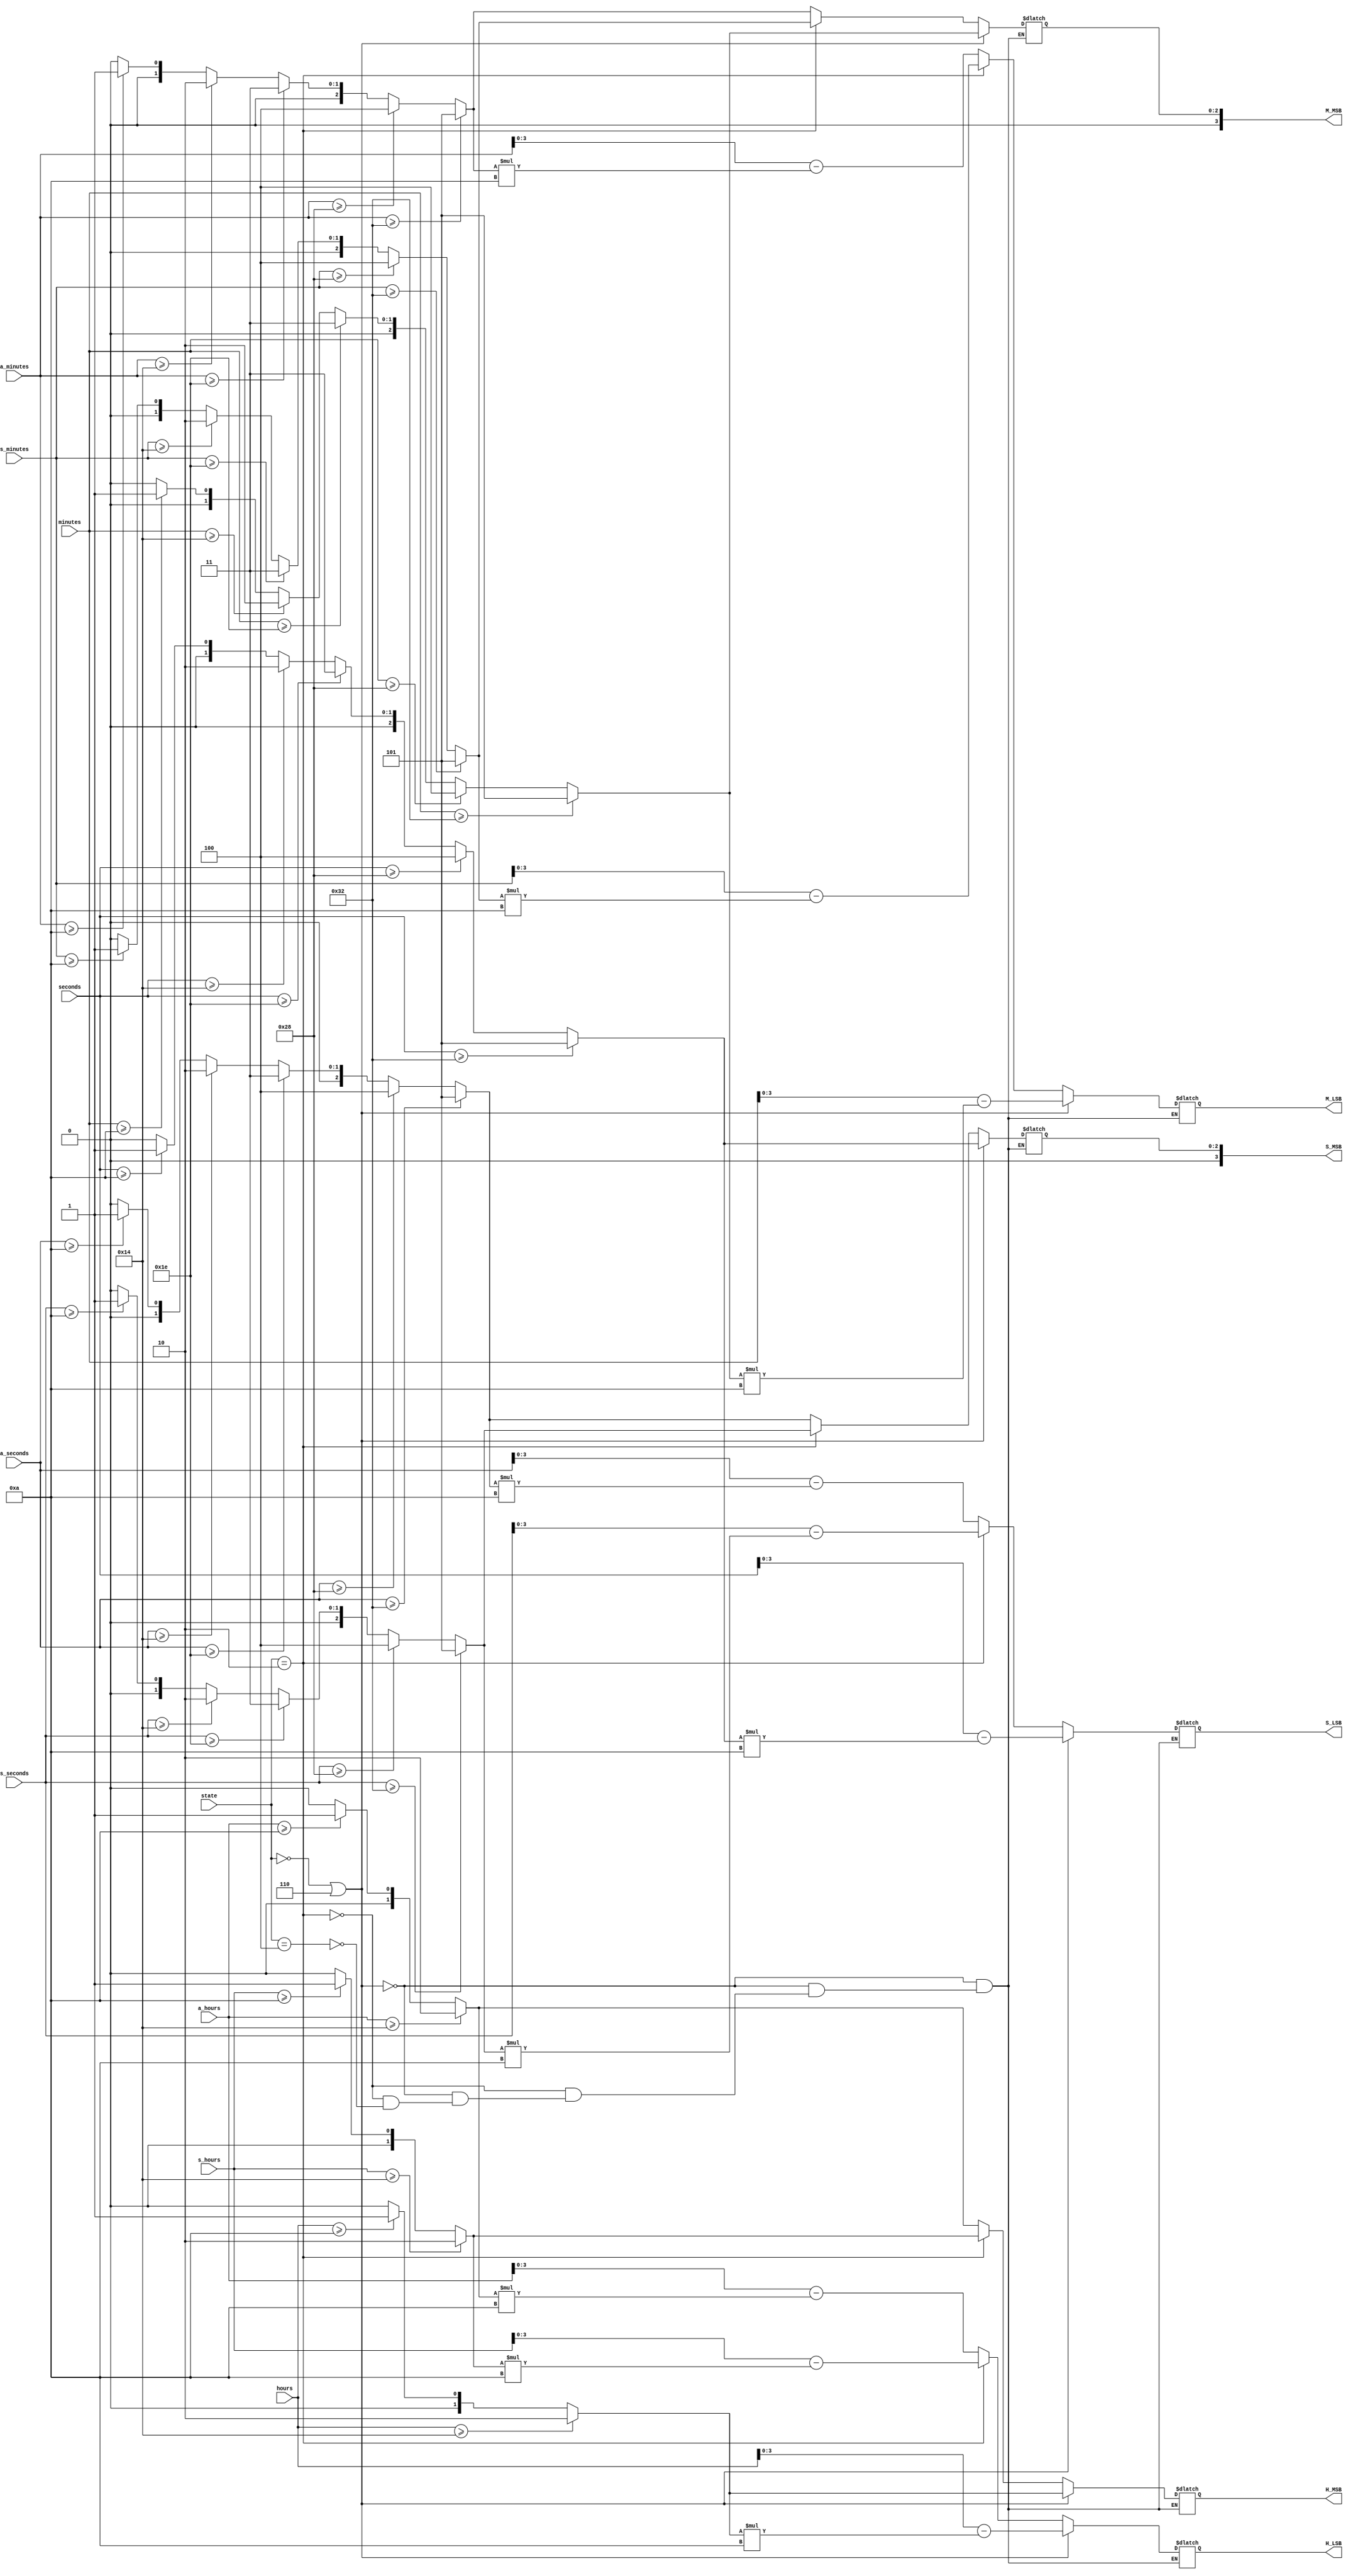
`timescale 1ns / 1ps
//////////////////////////////////////////////////////////////////////////////////
// Company: 
// Engineer: 
// 
// Design Name: 
// Module Name: design_decoder
// Project Name: 
// Target Devices: 
// Tool Versions: 
// Description: 
// 
// Dependencies: 
// 
// Revision:
// Revision 0.01 - File Created
// Additional Comments:
// 
//////////////////////////////////////////////////////////////////////////////////


module design_decoder(
    input[2:0] state,
    input[5:0] seconds, //6 bits to hold up to 59
    input[5:0] minutes, // 6 bits to hold up to 59
    input[4:0] hours, // 5 bits to hold up to 24
    input[5:0] s_seconds, //6 bits to hold up to 59
    input[5:0] s_minutes, // 6 bits to hold up to 59
    input[4:0] s_hours, // 5 bits to hold up to 24
    input[5:0] a_seconds, //6 bits to hold up to 59
    input[5:0] a_minutes, // 6 bits to hold up to 59
    input[4:0] a_hours, // 5 bits to hold up to 24
    output [1:0]  H_MSB, 
    output [3:0]  H_LSB, 
    output [3:0]  M_MSB, 
    output [3:0]  M_LSB, 
    output [3:0]  S_MSB, 
    output [3:0]  S_LSB 
    );
    
 reg [1:0] c_hour1 = 2'b00; 
/* The most significant hour digit of the temp clock and alarm. */ 
 reg [3:0] c_hour0 = 4'b0000;
/* The least significant hour digit of the temp clock and alarm. */ 
 reg [3:0] c_min1= 4'b0000;
/* The most significant minute digit of the temp clock and alarm.*/ 
 reg [3:0] c_min0= 4'b0000;
/* The least significant minute digit of the temp clock and alarm.*/ 
 reg [3:0] c_sec1= 4'b0000;
/* The most significant second digit of the temp clock and alarm.*/ 
 reg [3:0] c_sec0= 4'b0000 ;
/* The least significant minute digit of the temp clock and alarm.*/ 

 function [3:0] mod_10;
 input [5:0] number;
 begin
 mod_10 = (number >=50) ? 5 : ((number >= 40)? 4 :((number >= 30)? 3 :((number >= 20)? 2 :((number >= 10)? 1 :0))));
 end
 endfunction

always @(*) begin
 if (state == 3'b000||3'b110)
 begin
 if(hours>=20) begin
 c_hour1 = 2;
 end
 else begin
 if(hours >=10) 
 c_hour1  = 1;
 else
 c_hour1 = 0;
 end
 c_hour0 = hours - c_hour1*10; 
 c_min1 = mod_10(minutes); 
 c_min0 = minutes - c_min1*10;
 c_sec1 = mod_10(seconds);
 c_sec0 = seconds - c_sec1*10;
 end
 
 else if(state==3'b010)
 begin
// #10 c_hour1 =2;
// #10 c_hour0 =2;
// #10  c_min1 = 1;
  if(s_hours>=20) begin
 c_hour1 = 2;
 end
 else begin
 if(s_hours >=10) 
 c_hour1  = 1;
 else
 c_hour1 = 0;
 end
 c_hour0 = s_hours - c_hour1*10; 
 c_min1 = mod_10(s_minutes); 
 c_min0 = s_minutes - c_min1*10;
 c_sec1 = mod_10(s_seconds);
 c_sec0 = s_seconds - c_sec1*10;
 end
 
  else if(state==3'b100)
 begin
  if(a_hours>=20) begin
 c_hour1 = 2;
 end
 else begin
 if(a_hours >=10) 
 c_hour1  = 1;
 else
 c_hour1 = 0;
 end
 c_hour0 = a_hours - c_hour1*10; 
 c_min1 = mod_10(a_minutes); 
 c_min0 = a_minutes - c_min1*10;
 c_sec1 = mod_10(a_seconds);
 c_sec0 = a_seconds - c_sec1*10;
 end
 end

 
 assign H_MSB = c_hour1; // the most significant hour digit of the clock
 assign H_LSB = c_hour0; // the least significant hour digit of the clock
 assign M_MSB = c_min1;  // the most significant minute digit of the clock
 assign M_LSB = c_min0;  // the least significant minute digit of the clock
 assign S_MSB = c_sec1;  // the most significant second digit of the clock
 assign S_LSB = c_sec0;  // the least significant second digit of the clock

endmodule